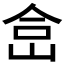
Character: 𰂅